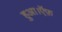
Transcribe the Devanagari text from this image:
हुआ।ऍफ़